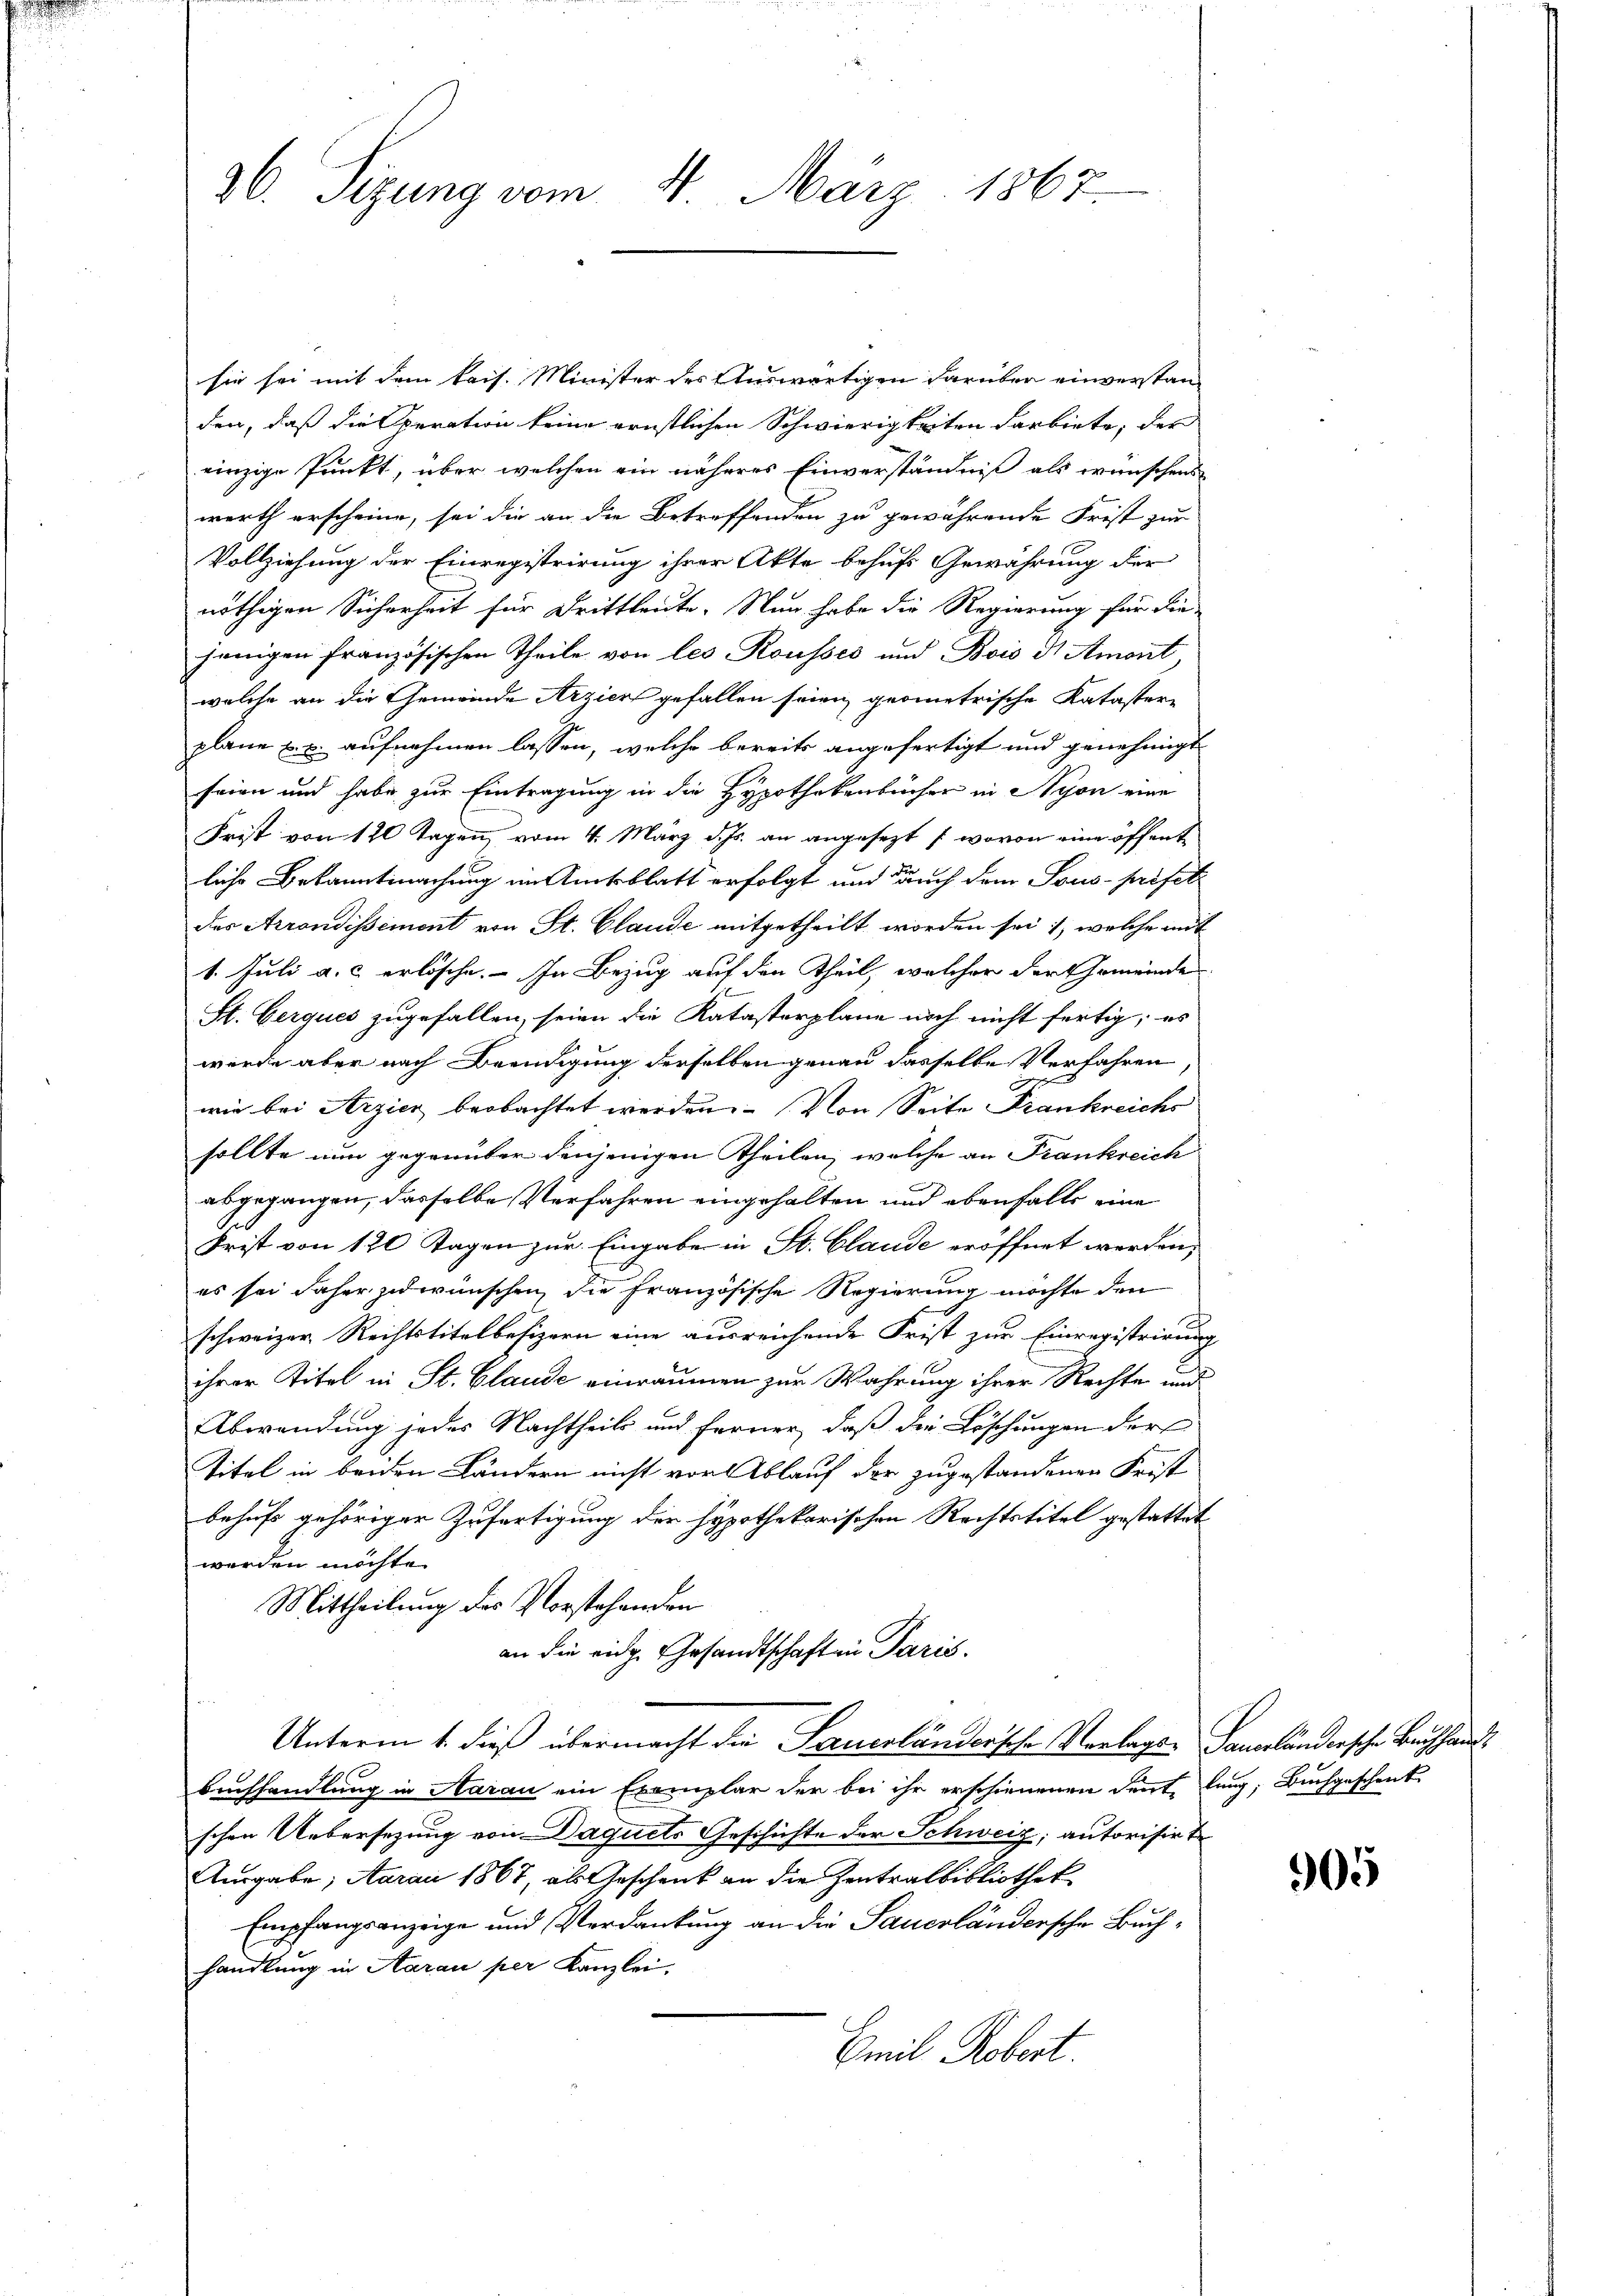
36. Sizung vom 11. März 1867.

sie sei mit dem kais. Minister des Auswärtigen darüber einverstanden, daß die Operation keine ernstlichen Schwierigkeiten Farbiete, der
einzige Punkt, über welchen ein näheres Einverständniß als wünschens
werth erscheine, sei die an die Betreffenden zu gewährende Frist zur
Vollziehung der Einregistrirung ihrer Akte behufs Gewährung der
nöthigen Sicherheit für Drittleute. Nun habe die Regierung für die-
jenigen französischen Theile von les Rousses und Bois d Amont
welche an die Gemeinde Arziers gefallen seien, geometrische Kataster-
plane u. s. aufnehmen lassen, welche bereits angefertigt und genehmigt
seien und habe zur Eintragung in die Hypothekenbücher in Nyon eine
Frist von 120 Tagen, vom 4. März d. Js. an angesezt /: wovon eine öffentliche Bekanntmachung im Amtsblatt erfolgt und durch dem Sous-prifet
des Arrondissiment von St. Claude mitgetheilt worden sei, welche mit
1. Juli a. c. erlösche. - In Bezug auf den Theil, welcher der Gemeinde
St. Gerques zugefallen, seien die Katasterplane noch nicht fertig; es
wurde aber nach Beendigung derselben genau dasselbe Verfahren,
wie bei Arzier beobachtet werden. Von Seite Frankreichs
sollte nun gegenüber denjenigen Theilen, welche an Frankreich
abgegangen, dasselbe Verfahren eingehalten und ebenfalls eine
Frist von 120 Tagen zur Eingabe in St. Claude eröffnet werden,
es sei daher zu wünschen, die französische Regierung möchte den
schweizer Rechtstitelbesizern eine ausreichende Frist zur Einregistrirung
ihrer Titel in St. Claude einräumen zur Wahrung ihrer Rechte und
Abwendung jedes Nachtheils und ferner, daß die Löschungen der
Titel in beiden Ländern nicht vor Ablauf der zugestandenen Frist
behufs gehöriger Zufertigung der hypothekarischen Rechtstitel gestattet
werden möchte.
Mittheilung der Vorstehenden
an die eidg. Gesandtschaft in Paris.
Unterm 1. dieß übermacht die Sauerländersche Verlags- Sauerländersche Buchhand¬
Buchhandlung in Aarau ein Exemplar der bei ihr erschienenen deute lung, Buchgeschenk
schen Uebersezung von Daquets Geschichte der Schweiz, autorisirte
Ausgabe, Aarau 1867, als Geschenk an die Zentralbibliothek
Empfangsanzeige und Verdankung an die Sauerländersche Buchhandlung in Aarau per Kanzlei,
Emil Kobert.

x

905